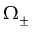
\Omega _ { \pm }